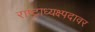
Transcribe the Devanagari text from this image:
राष्ट्राध्यक्ष्पदावर